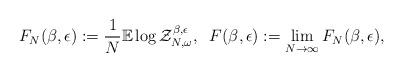
LaTeX: \begin{align*}F_{N}(\beta,\epsilon):=\frac{1}{N}\mathbb{E}\log \mathcal{Z}^{\beta,\epsilon}_{N,\omega},\;\; F(\beta,\epsilon):=\lim_{N \rightarrow \infty}\limits F_{N}(\beta,\epsilon), \end{align*}